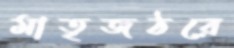
মাতৃজঠরে